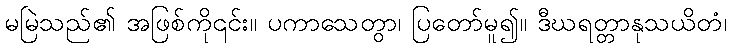
မမြဲသည်၏ အဖြစ်ကို၎င်း။ ပကာသေတွာ၊ ပြတော်မူ၍။ ဒီဃရတ္တာနုသယိတံ၊